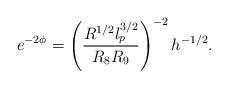
LaTeX: \begin{align*}e^{- 2 \phi} = \left( \frac{R^{1/2} l_p^{3/2}}{R_8 R_9} \right)^{-2} h^{-1/2} .\end{align*}